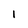
Character: 1